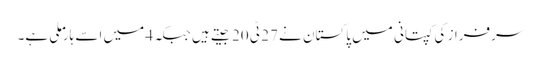
سرفراز کی کپتانی میں پاکستان نے 27 ٹی 20 جیتے ہیں جبکہ 4 میں اسے ہار ملی ہے۔